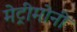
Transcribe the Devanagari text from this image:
मेट्रीमोनी